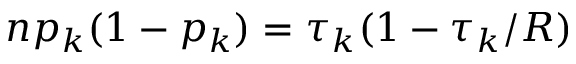
n p _ { k } ( 1 - p _ { k } ) = \tau _ { k } ( 1 - \tau _ { k } / R )